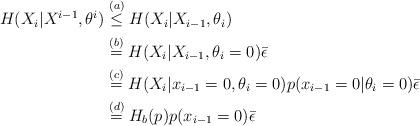
LaTeX: \begin{align*} H(X_i|X^{i-1},\theta^i)&\stackrel{(a)}\leq H(X_i|X_{i-1},\theta_i) \\ &\stackrel{(b)}= H(X_i|X_{i-1},\theta_i=0)\bar{\epsilon}\\ &\stackrel{(c)}= H(X_i|x_{i-1}=0,\theta_i=0)p(x_{i-1}=0|\theta_i=0)\bar{\epsilon} \\ &\stackrel{(d)}= H_b(p)p(x_{i-1}=0)\bar{\epsilon}\end{align*}